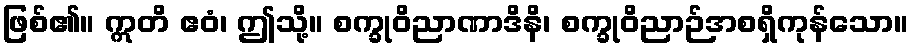
ဖြစ်၏။ ဣတိ ဧဝံ၊ ဤသို့။ စက္ခုဝိညာဏာဒိနိ၊ စက္ခုဝိညာဉ်အစရှိကုန်သော။